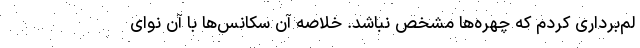
لم‌برداری کردم که چهره‌ها مشخص نباشد. خلاصه آن سکانس‌ها با آن نوای